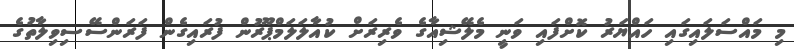
މި މައްސަލައިގައި ހައްޔަރު ކޮށްފައި ވަނީ މެލޭޝިއާގެ ވެރިރަށް ކުއާލަލަމްޕޫރުން ފުރައިގެން ފަރަންސޭސިވިލާތުގެ